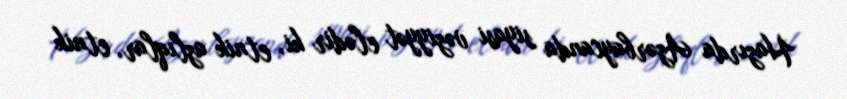
Hazırda Azərbaycanda siyasi vəziyyət elədir ki, etnik azlıqlar, etnik